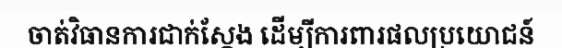
ចាត់វិធានការជាក់ស្តែង ដើម្បីការពារផលប្រយោជន៍